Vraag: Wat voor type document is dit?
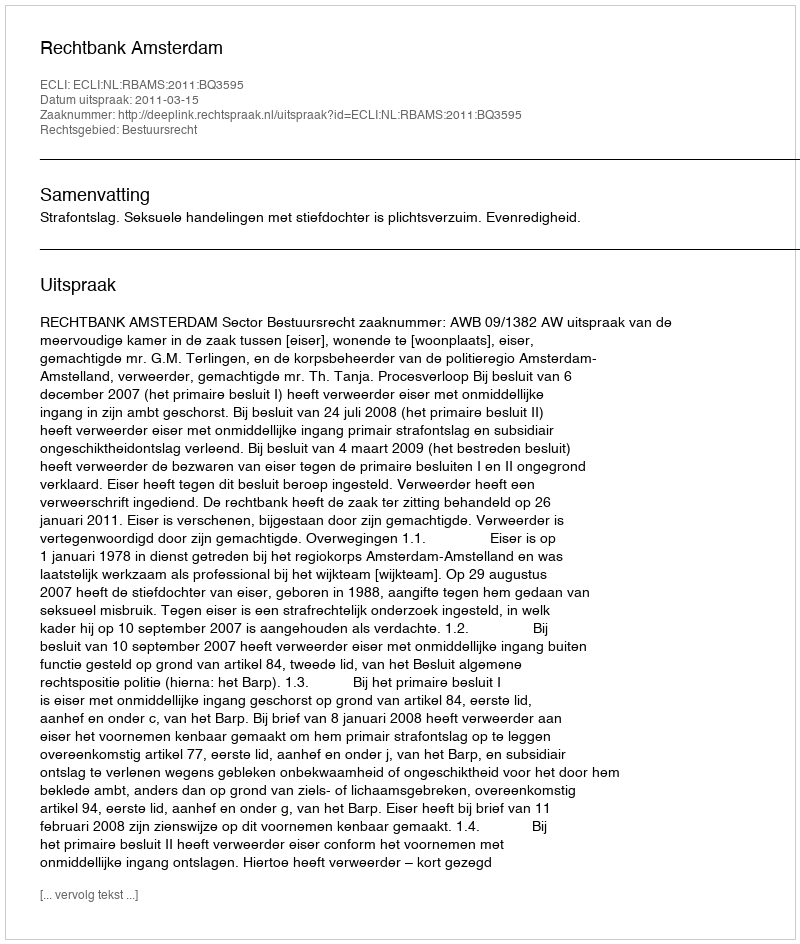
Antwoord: Uitspraak